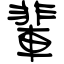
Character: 輩